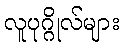
လူပုဂ္ဂိုလ်များ